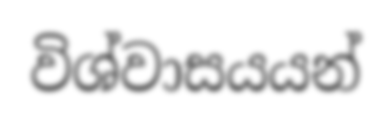
විශ්වාසයයන්